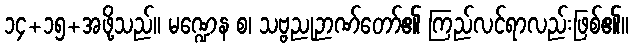
၁၄+၁၅+အဖို့သည်။ မဏ္ဍေန စ၊ သဗ္ဗညုဉာဏ်တော်၏ ကြည်လင်ရာလည်းဖြစ်၏။